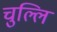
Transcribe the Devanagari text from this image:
चुल्लि